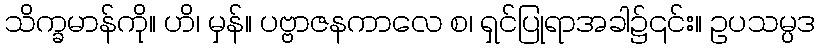
သိက္ခမာန်ကို။ ဟိ၊ မှန်။ ပဗ္ဗာဇနကာလေ စ၊ ရှင်ပြုရာအခါ၌၎င်း။ ဥပသမ္ပဒ